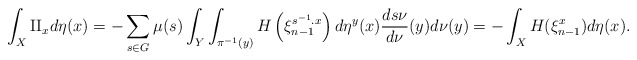
\begin{align*}\int_{X}{\rm II}_{x}d\eta(x)=-\sum_{s\in G}\mu(s)\int_{Y}\int_{\pi^{-1}(y)}H\left(\xi_{n-1}^{s^{-1}.x}\right)d\eta^{y}(x)\frac{ds\nu}{d\nu}(y)d\nu(y)=-\int_{X}H(\xi_{n-1}^{x})d\eta(x).\end{align*}